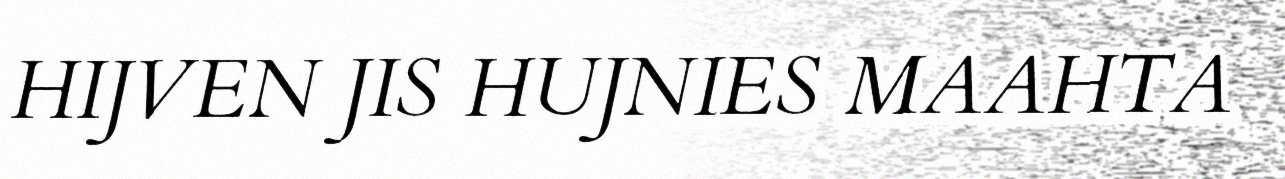
HIJVEN JIS HUJNIES MAAHTA